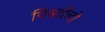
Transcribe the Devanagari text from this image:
पिस्तौलो